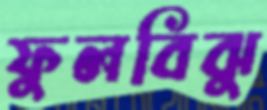
ফুলবিঝু